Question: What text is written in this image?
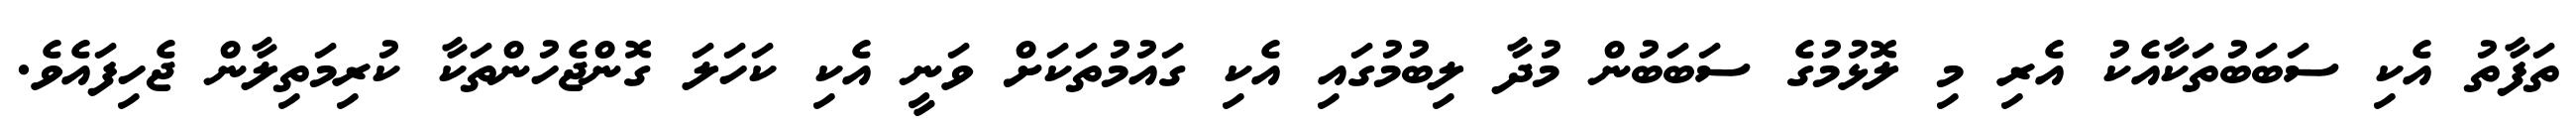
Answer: ތަފާތު އެކި ސަބަބުތަކާއެކު އެރި މި ލޮޅުމުގެ ސަބަބުން މުދާ ލިބުމުގައި އެކި ގައުމުތަކަށް ވަނީ އެކި ކަހަލަ ގޮންޖެހުންތަކާ ކުރިމަތިލާން ޖެހިފައެވެ.